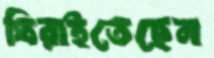
ঘিরাইতেছেন